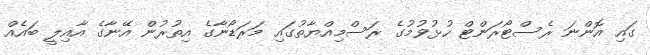
ގައި އޮންނަ ރެސްޓޯރަންޓް ހުޅުވުމުގެ ރަސްމިއްޔާތުގައި މަރަޑޯނާގެ އިތުރުން އޭނާގެ އާއިލީ ބައެއް